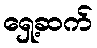
ရှေ့ဆက်